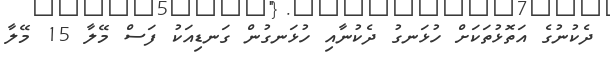
ދެކުނުގެ އަތޮޅުތަކަށް ހުޅަނގު ދެކުނާއި ހުޅަނގުން ގަނޑިއަކު ފަސް މޭލާ 15 މޭލާ